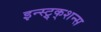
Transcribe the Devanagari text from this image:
इन्स्ट्र्क्शन्स